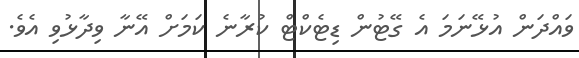
ވައްދަން އުޅޭނަމަ އެ ގޭޓުން ޑިޓެކްޓް ކުރާނެ ކަމަށް އޭނާ ވިދާޅުވި އެވެ.